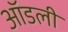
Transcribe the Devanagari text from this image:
ऑडली